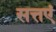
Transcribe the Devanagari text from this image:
सत्तएं